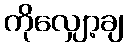
ကိုလျှော့ချ